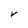
Character: V